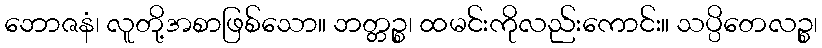
ဘောဇနံ၊ လူတို့အစာဖြစ်သော။ ဘတ္တဉ္စ၊ ထမင်းကိုလည်းကောင်း။ သပ္ပိတေလဉ္စ၊